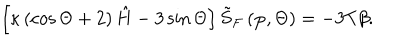
\left[ \kappa \left( \cos \Theta + 2 \right) \hat { H } - 3 \sin \Theta \right] \tilde { S } _ { F } \left( \mathbf { p } , \Theta \right) = - 3 T \beta .